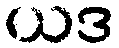
ယဒ